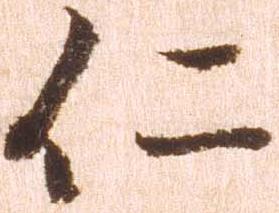
仁